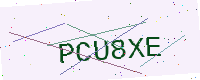
Text: PCU8XE